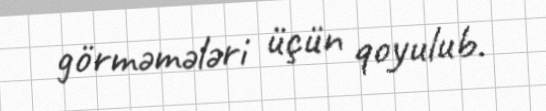
görməmələri üçün qoyulub.